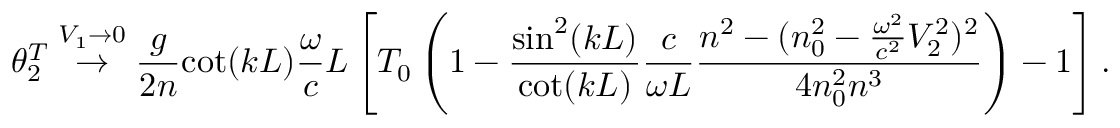
\theta _ { 2 } ^ { T } \stackrel { V _ { 1 } \rightarrow 0 } { \rightarrow } \frac { g } { 2 n } { \cot ( k L ) } \frac { \omega } { c } L \left[ T _ { 0 } \left( 1 - \frac { { \sin ^ { 2 } ( k L ) } } { \cot ( k L ) } \frac { c } { \omega L } \frac { n ^ { 2 } - ( n _ { 0 } ^ { 2 } - \frac { \omega ^ { 2 } } { c ^ { 2 } } V _ { 2 } ^ { 2 } ) ^ { 2 } } { 4 n _ { 0 } ^ { 2 } n ^ { 3 } } \right) - 1 \right] .